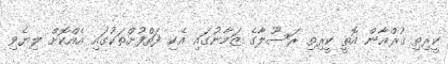
ކީރިތި ޤުރްއާން އޮތީ ކީރިތި ރަސޫލާގެ ޒަމާނުގައި އެކި ފަތްފުށްތަކުގައި އެއްކޮށް ލިޔެވި